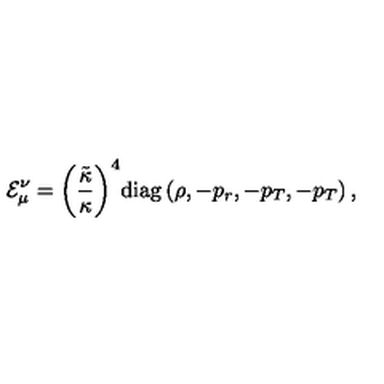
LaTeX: { { \mathcal { E } } _ { \mu } ^ { \nu } } = { { \left( { \frac { \tilde { \kappa } } { \kappa } } \right) } ^ { 4 } } \mathrm { d i a g } \left( \rho , - { p _ { r } } , - { p _ { T } } , - { p _ { T } } \right) ,